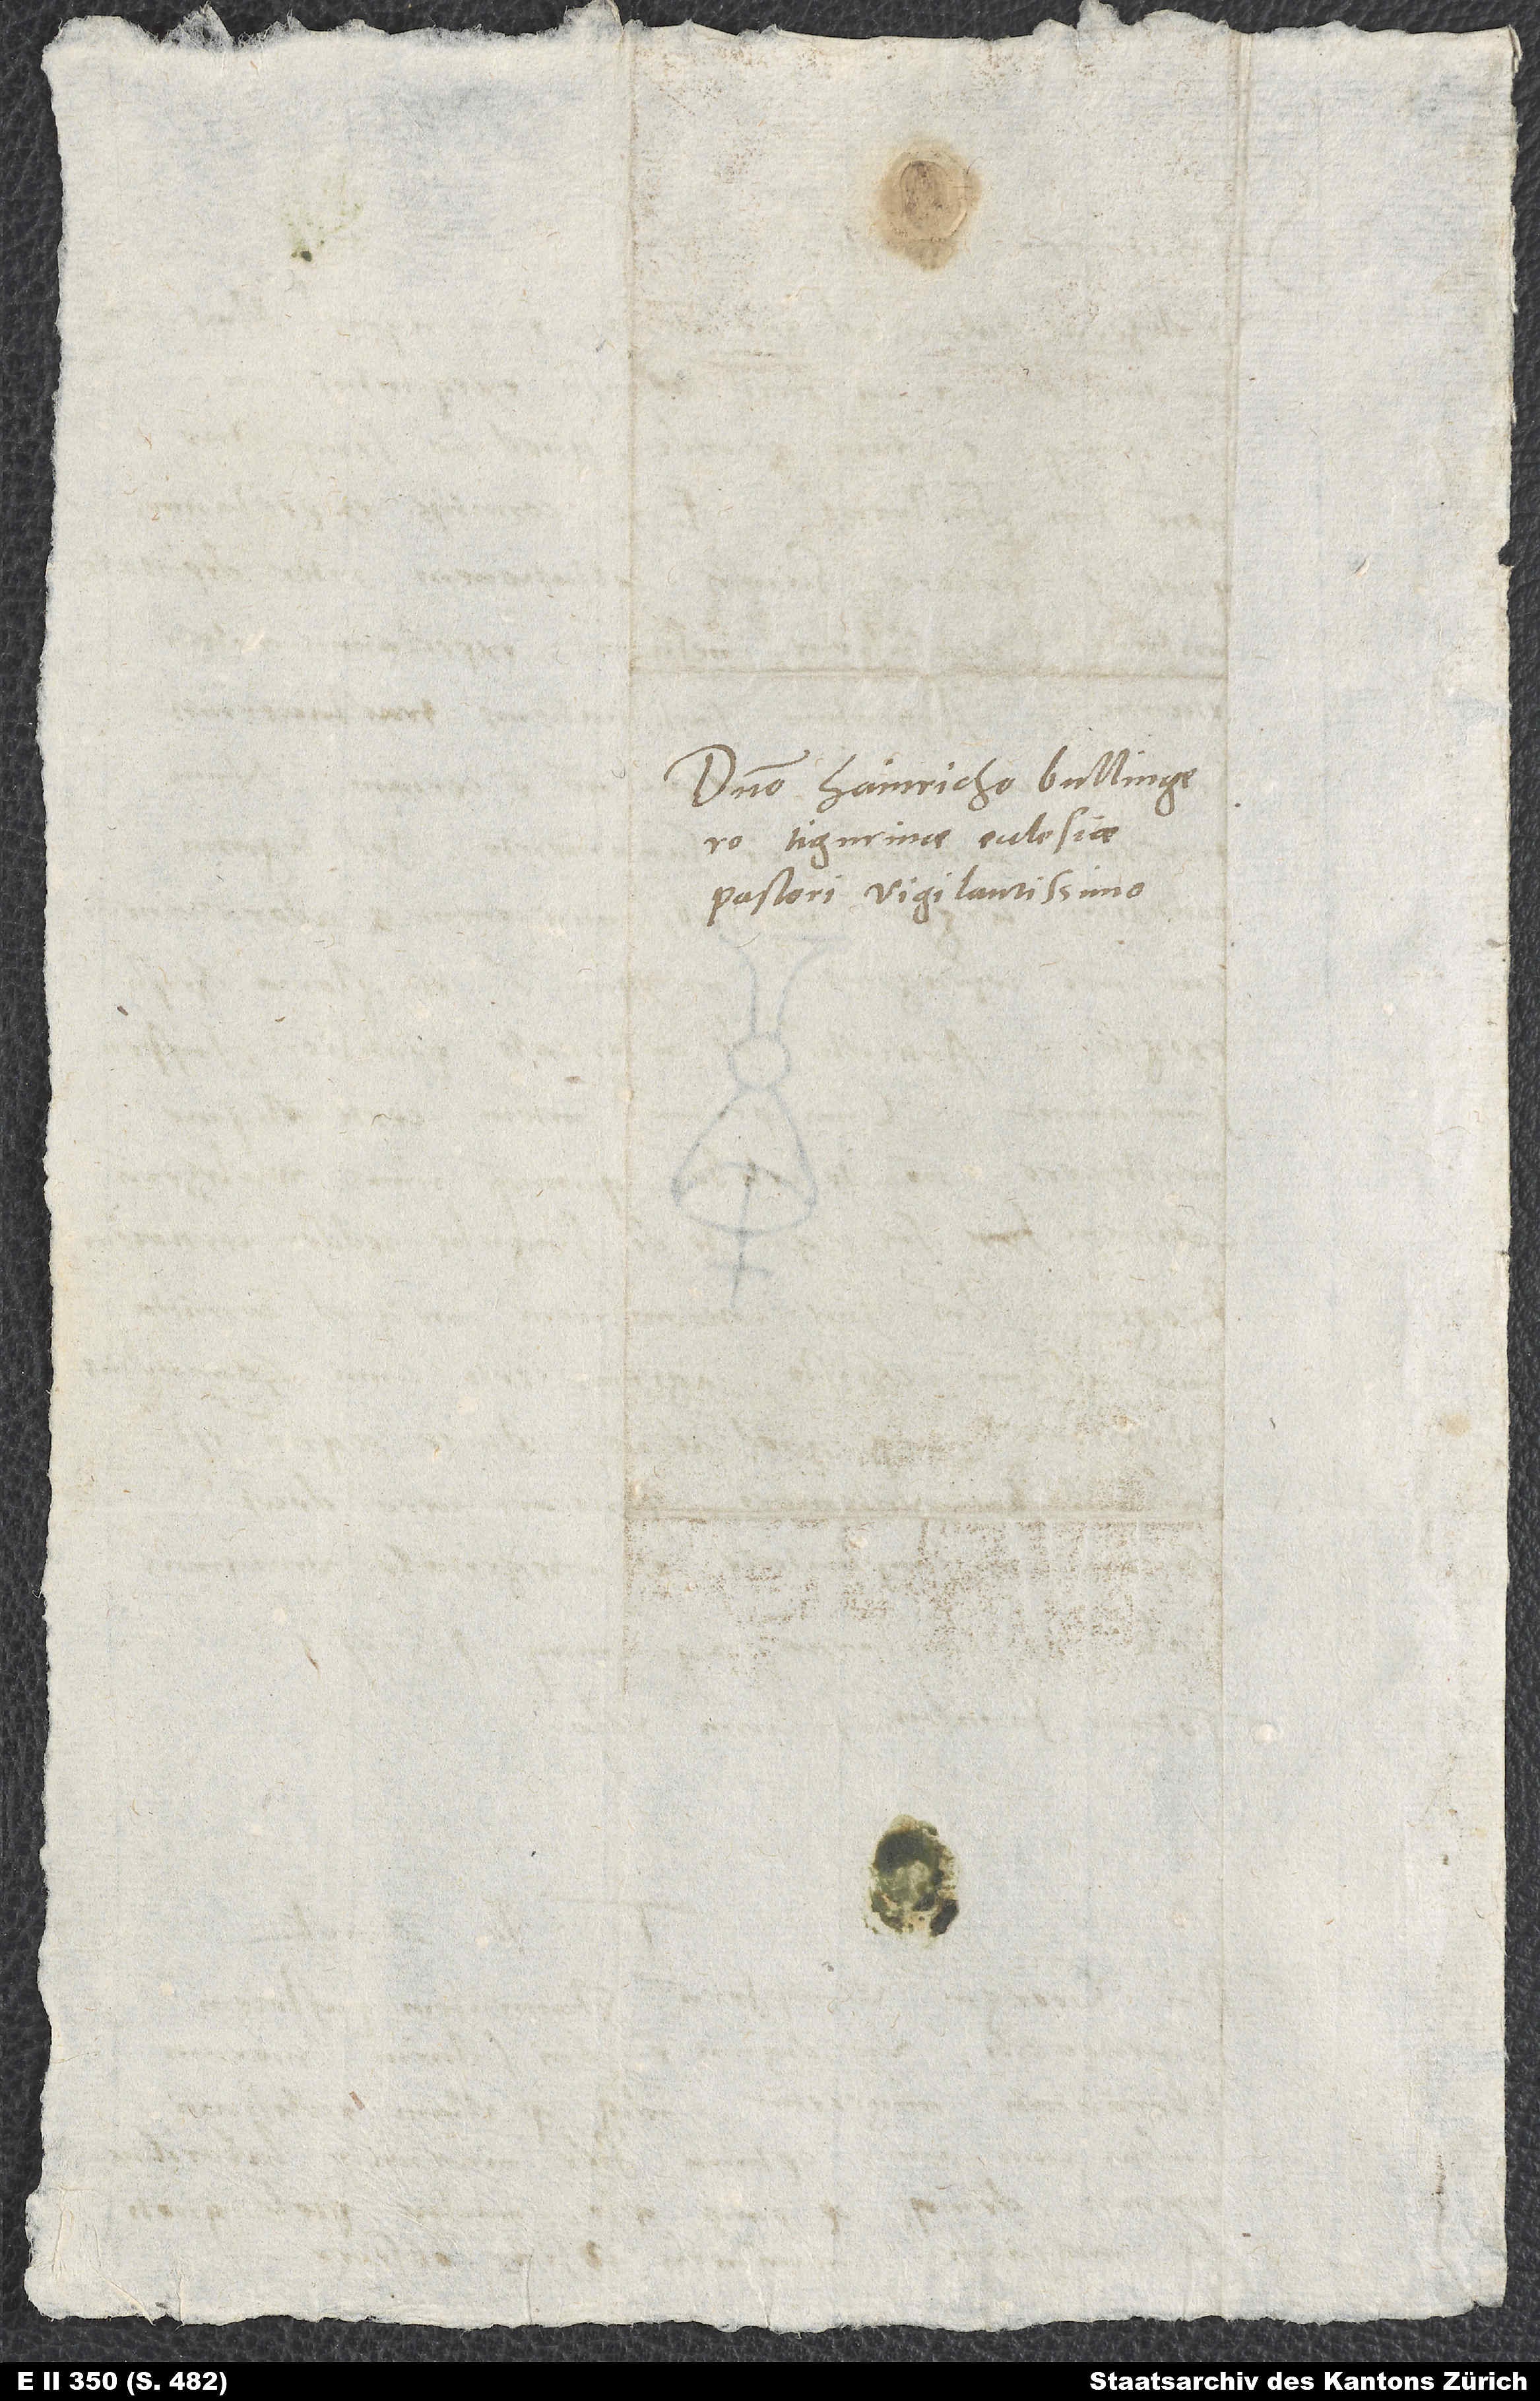
Domino Hainricho Bullingero,
Tigurinae ecclesiae
pastori vigilantissimo.